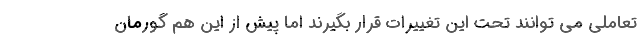
تعاملی می توانند تحت این تغییرات قرار بگیرند اما پیش از این هم گورمان